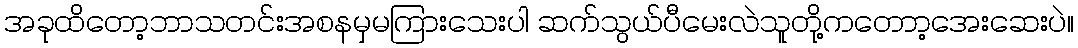
အခုထိတော့ဘာသတင်းအစနမှမကြားသေးပါ ဆက်သွယ်ပီမေးလဲသူတို့ကတောာ့အေးဆေးပဲ။